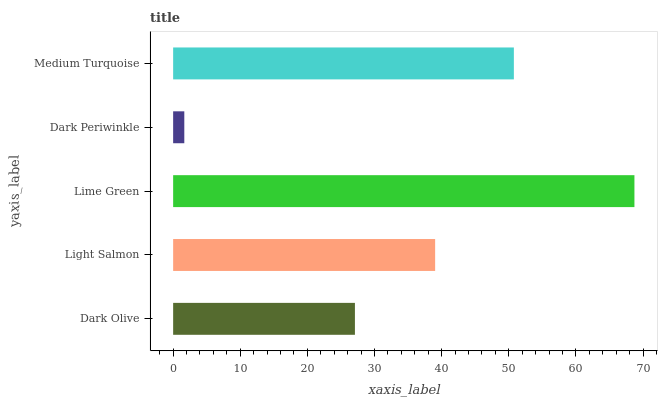
| yaxis_label | bars |
 | --- | --- |
 | Dark Olive | 27.1 |
 | Light Salmon | 39 |
 | Lime Green | 68.7 |
 | Dark Periwinkle | 1.66 |
 | Medium Turquoise | 50.7 |